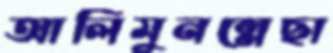
আলিমুনন্নেছা